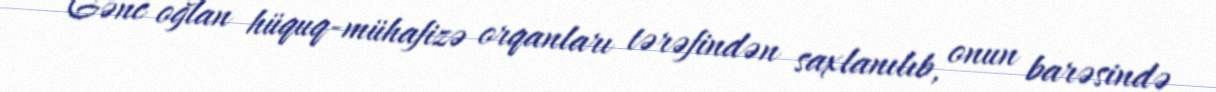
Gənc oğlan hüquq-mühafizə orqanları tərəfindən saxlanılıb, onun barəsində